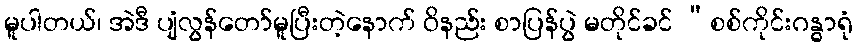
မူပါတယ်၊ အဲဒီ ပျံလွန်တော်မူပြီးတဲ့နောက် ဝိနည်း စာပြန်ပွဲ မတိုင်ခင် “စစ်ကိုင်းဂန္ဓာရုံ